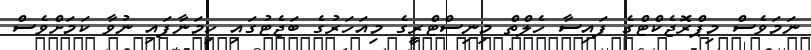
ނަމަވެސް މިޕްރޮޖެކްޓްގެ ފައިސާ ހެލްތް މިނިސްޓްރީގެ މިއަހަރުގެ ބަޖެޓުގައި ހިމަނާފައި ނުވާ ކަމަށްވެސް